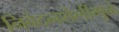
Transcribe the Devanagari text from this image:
निवेदनशैलीमुळे